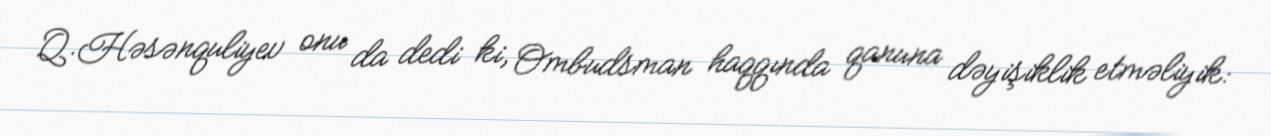
Q.Həsənquliyev onu da dedi ki, Ombudsman haqqında qanuna dəyişiklik etməliyik: